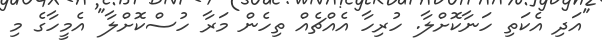
"އަދި އެކަތި ހަނާކޮށްލާ. ހުރިހާ އެއްޗެއް ތިހެން މަރާ ހުސްކޮށްލާ" އެމީހާގެ މި